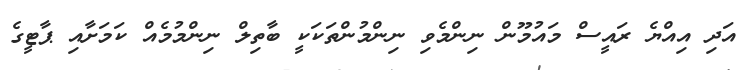
އަދި އިއްޔެ ރައީސް މައުމޫން ނިންމެވި ނިންމުންތަކަކީ ބާތިލް ނިންމުމެއް ކަމަށާއި ޕާޓީގެ